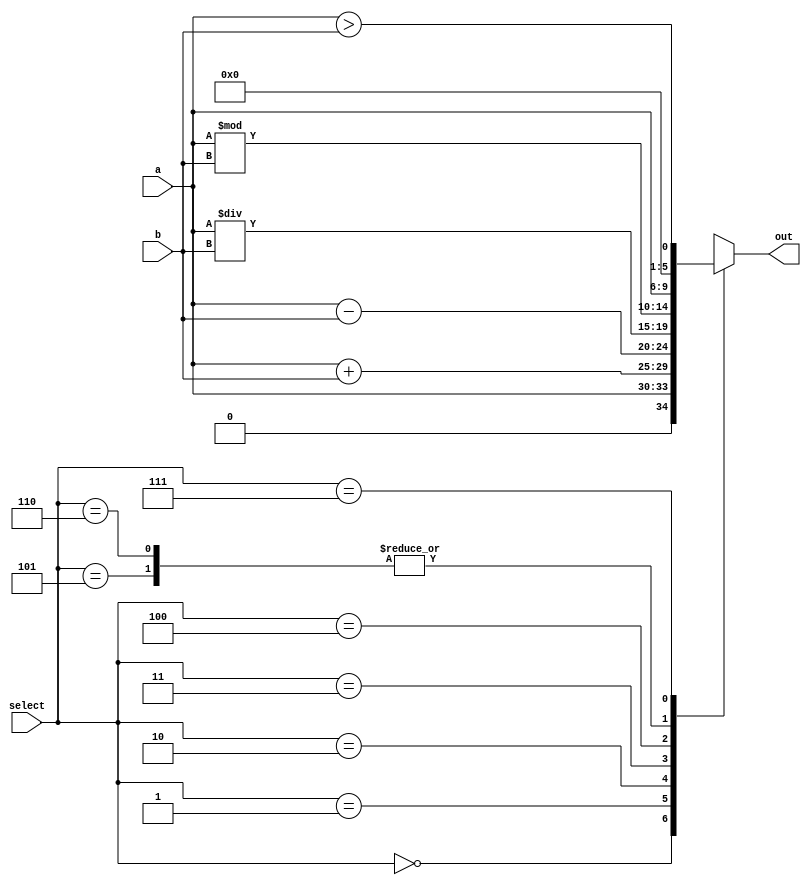
module ALU(out , select , a , b);
	output reg [4:0] out;
	input [2:0] select ;
	input [3:0] a , b;
	
	initial
		out = 5'b00000;
	always @(a or b or select) begin
		case(select)
			3'b000 : out = a;
			3'b001 : out = a+b;
			3'b010 : out = a-b;
			3'b011 : out = a/b;
			3'b100 : out = a%b;
			3'b101 : out = a<<1;
			3'b110 : out = a<<1;
			3'b111 : out = (a>b);
		endcase
	end
endmodule